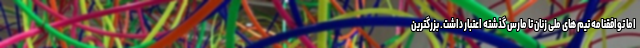
اما توافقنامه تیم های ملی زنان تا مارس گذشته اعتبار داشت. بزرگترین